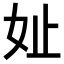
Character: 𪥧